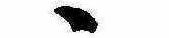
ゝ